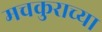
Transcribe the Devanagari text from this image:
मचकुराच्या